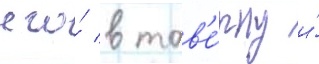
его́ в тав'е́рну и́